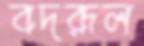
বদরূল